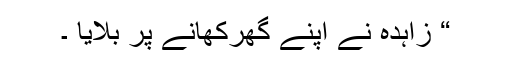
“ زاہدہ نے اپنے گھرکھانے پر بلایا ۔